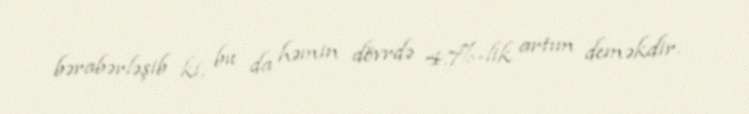
bərabərləşib ki, bu da həmin dövrdə 4.7%-lik artım deməkdir.